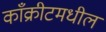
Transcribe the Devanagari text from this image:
काँक्रीटमधील